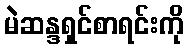
မဲဆန္ဒရှင်စာရင်းကို